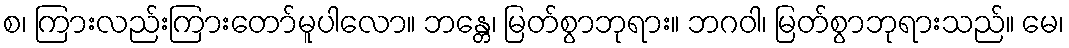
စ၊ ကြားလည်းကြားတော်မူပါလော။ ဘန္တေ၊ မြတ်စွာဘုရား။ ဘဂဝါ၊ မြတ်စွာဘုရားသည်။ မေ၊